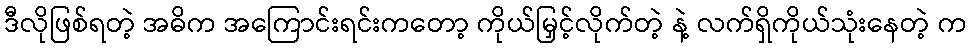
ဒီလိုဖြစ်ရတဲ့ အဓိက အကြောင်းရင်းကတော့ ကိုယ်မြှင့်လိုက်တဲ့ နဲ့ လက်ရှိကိုယ်သုံးနေတဲ့ က